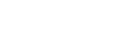
ဩသာရေသိ